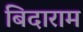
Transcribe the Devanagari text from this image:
बिदाराम